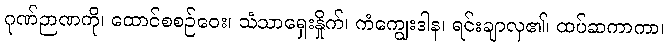
ဂုဏ်ဉာဏကို၊ ထောင်စစဉ်ဝေး၊ သံသာရှေးနှိုက်၊ ကံကျွေးဒါန၊ ရင်းချာလှ၏၊ ထပ်ဆကာကာ၊